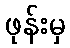
ဖုန်းမှ